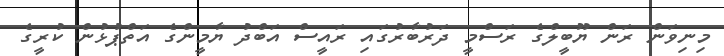
މިނިވަން ރަން ޔޫބީލްގެ ރަސްމީ ދަރުބާރުގައި ރައީސް އަބްދު ޔާމީންގެ އަތްޕުޅުން ކުރީގެ